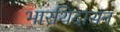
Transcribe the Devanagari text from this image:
भारथिदासन